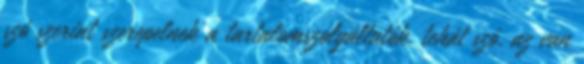
szó szerint szerepelnek a tartalomszolgáltatók, tehát szó, az van